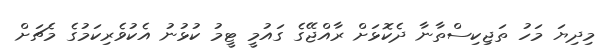
މިދިޔަ މަހު ތަޖިކިސްތާނާ ދެކޮޅަށް ރާއްޖޭގެ ގައުމީ ޓީމު ކުޅުނު އެކުވެރިކަމުގެ މެޗަށް